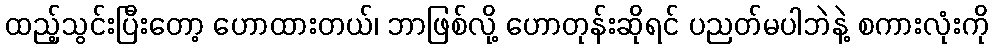
ထည့်သွင်းပြီးတော့ ဟောထားတယ်၊ ဘာဖြစ်လို့ ဟောတုန်းဆိုရင် ပညတ်မပါဘဲနဲ့ စကားလုံးကို